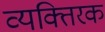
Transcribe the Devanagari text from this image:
व्यक्तिरक